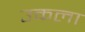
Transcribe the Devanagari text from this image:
उकला